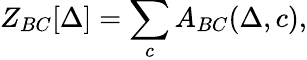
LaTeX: Z_{BC}[\Delta]=\sum_{c}A_{BC}(\Delta,c),